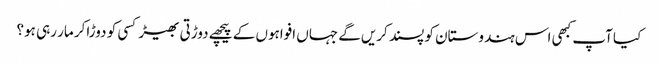
کیا آپ کبھی اس ہندوستان کو پسند کریں‌گے جہاں افواہوں کے پیچھے دوڑتی بھیڑ کسی کو دوڑاکر مار رہی ہو؟